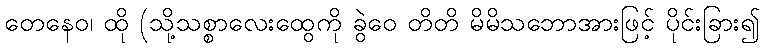
တေနေဝ၊ ထို (သို့သစ္စာလေးထွေကို ခွဲဝေ တိတိ မိမိသဘောအားဖြင့် ပိုင်းခြား၍